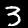
Digit: 3